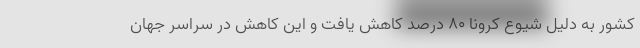
کشور به دلیل شیوع کرونا ۸۰ درصد کاهش یافت و این کاهش در سراسر جهان